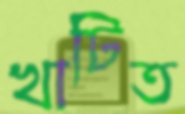
খাটিত